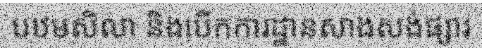
បឋមសិលា និងបើកការដ្ឋានសាងសង់ផ្សារ